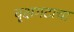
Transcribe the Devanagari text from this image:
वृक्षगटाचा